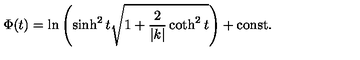
\Phi ( t ) = \ln \left( \sinh ^ { 2 } t \sqrt { 1 + \frac { 2 } { | k | } \coth ^ { 2 } t } \right) + \mathrm { c o n s t . }